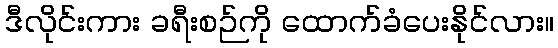
ဒီလိုင်းကား ခရီးစဉ်ကို ထောက်ခံပေးနိုင်လား။